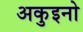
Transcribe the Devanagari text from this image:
अकुइनो